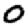
Digit: 0